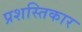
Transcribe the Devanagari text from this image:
प्रशस्तिकार